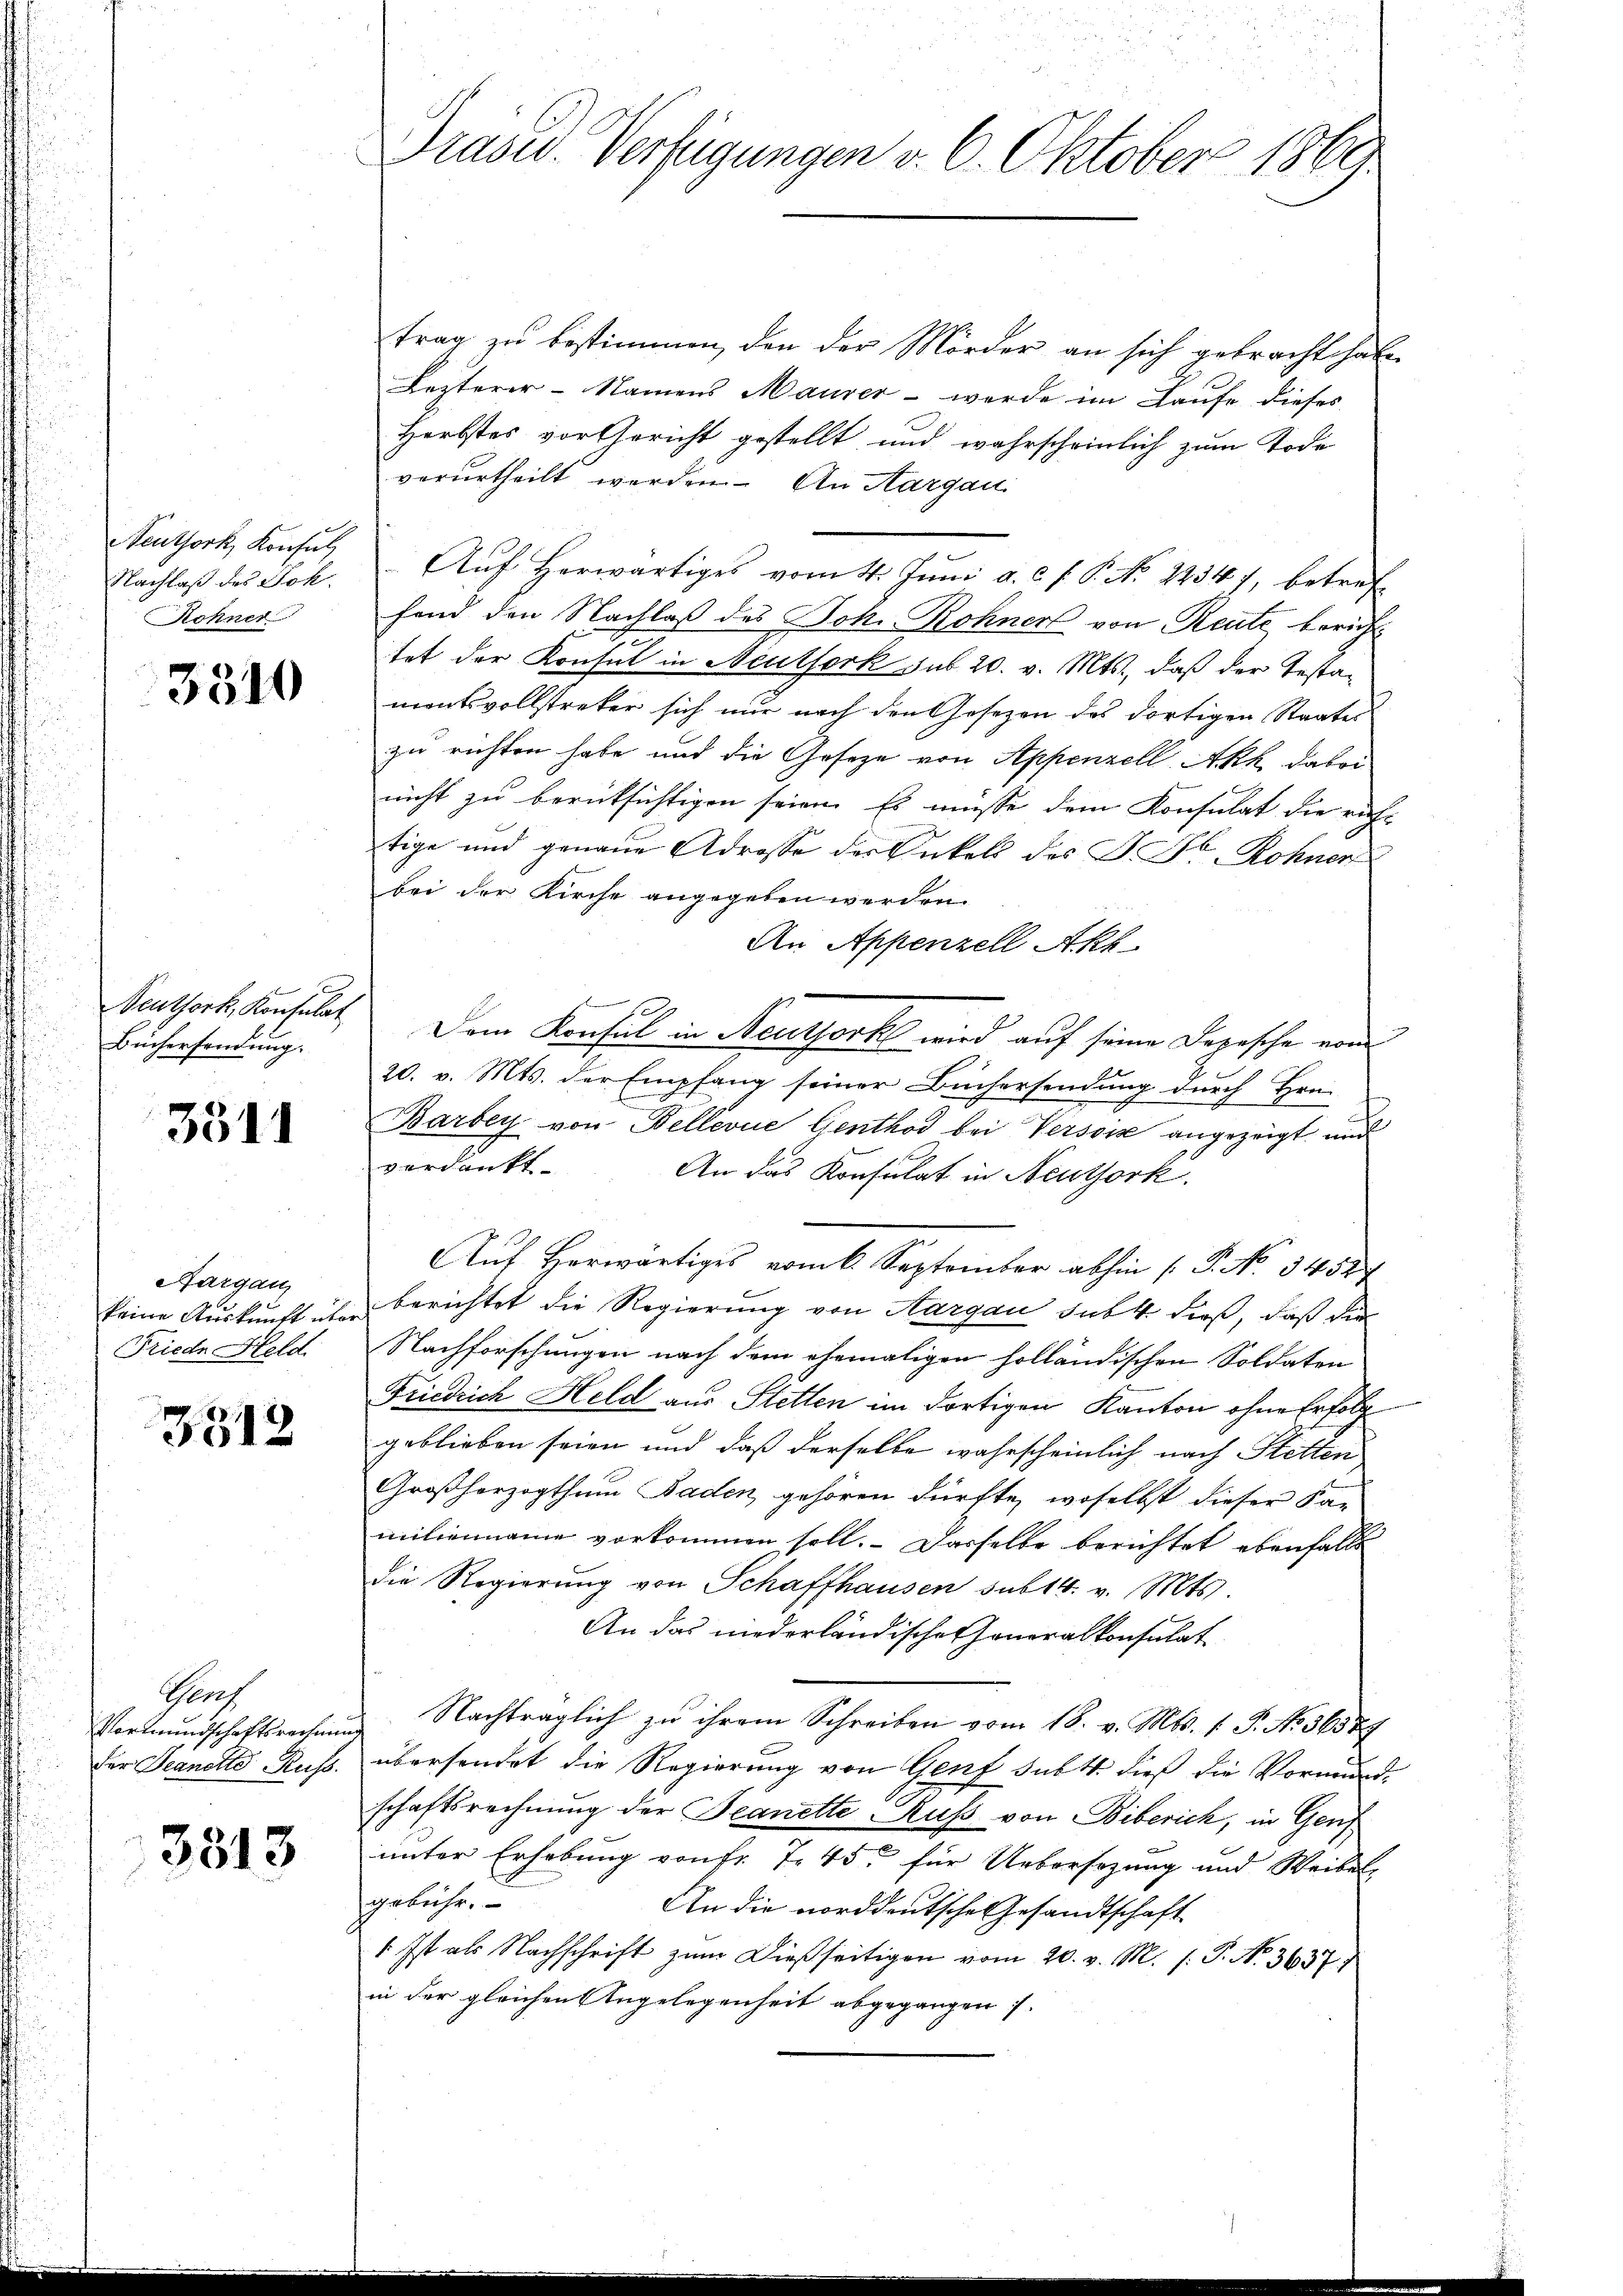
Neuthork, Konsul
Nachlaß des Joh.
Rohner

3310

Neuthork, Konsulat
Büchersendung.

3511

Aargau
keine Auskunft über
Friede Held

3312

Genf
für Jeanette Russ.

3313

trag zu bestimmen, den der Mörder an sich gebracht habe,
Lezterer-Namens Maurer - werde im Laufe dieses
Herbstes vor Gericht gestellt und wahrscheinlich zum Tode
verurtheilt werden. An Aargau
Auf herwärtiges vom 4. Juni a. c. f. P. No 22341, betref
fond den Nachlaß des Joh. Rohner von Reute bericht
tet der Konsul in Neutfork sub 20. v. Mts., daß der Testamentsvollstreker sich nur nach den Gesezen des dortigen Staates
zu richten habe und die Gesetze von Appenzell Akt dabei
nicht zu berücksichtigen seien. Es müsse dem Konsulat die richt
tige und genaue Adrosse der Onkel des P. Dr. Rohner
bei der Kirche angegeben werden.
An Appenzell Akt
Dem Konsul in Neuthork wird auf seine Depesche von
20. v. Mts. der Empfang seiner Büchersendung durch Hrn.
Barbey von Bellevue Genthod bei Versoix angezeigt und
verdankt.
An das Konsulat in Neuthork.
Auf herwärtiges vom 6. September abhin (P. No 3452
berichtet die Regierung von Aargau sub 4 dieß, daß die
Nachforschungen nach dem ehemaligen holländischen Soldaten
Friedrich Held aus Stetten im dortigen Kanton ohne Erfolg
geblieben seien und daß derselbe wahrscheinlich nach Stetten
Großherzogthum Baden gehören dürfte, woselbst dieser Familienname vorkommen soll. Dasselbe berichtet ebenfalls
die Regierŭng von Schaffhausen sub 14. v. Mts.
An das niederländisches Honeralkonsulat
Vormundschaftsrechnŭng. Nachträglich zu ihrem Schreiben vom 18. v. Mts. 1. P. No. 36524
übersendet die Regierung von Genf subt dieß die Vormund-
schaftsrechnung der Beanette Kuss von Biberich, in Genf
unter Erhebung von fr. 7. 45. für Uebersezung und Weiben,
gebühr.
An die norddeutsche Gesandtschaft.
1. Ist als Nachschrift zum Dießseitigen vom 20. v. M. h. T. No. 3637
in der gleichen Angelegenheit abgegangen 7.

Präsid.- Verfügungen v. 6. Oktober 1869